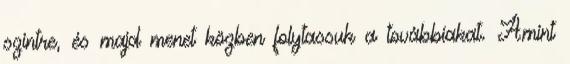
szintre, és majd menet közben folytassuk a továbbiakat. Amint